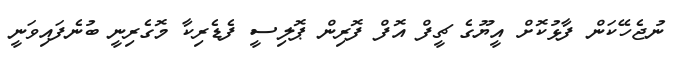
ނުޖެހޭކަން ފާޅުކޮށް އީޔޫގެ ޗީފް އޮފް ފޮރިން ޕޮލިސީ ފެޑެރިކާ މޮގެރިނީ ބުނެފައިވަނީ